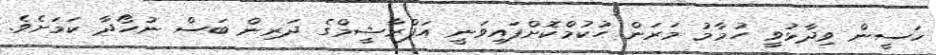
ހަސީން ވިދާޅުވީ ހުމާމު މަރަން ހުކުމްކޮށްފައިވަނީ އަފްރާޝީމްގެ ދަރިން ބަސް ނުހޯދާ ކަމަށެވެ.